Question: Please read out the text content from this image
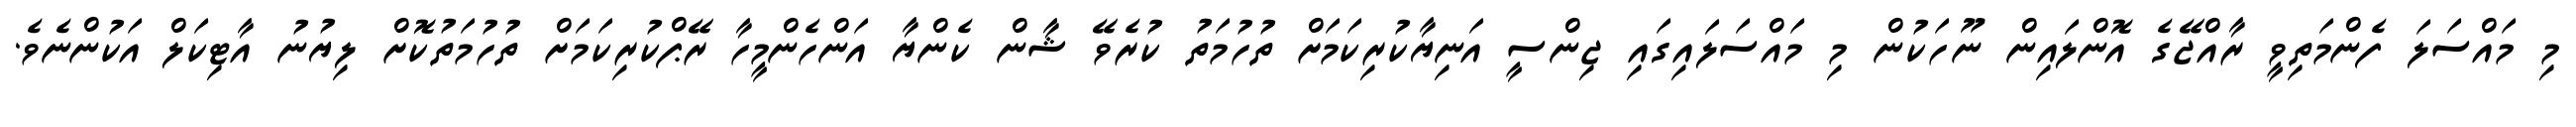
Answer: މި މައްސަލަ ފެންމަތިވީ ރާއްޖޭގެ އޮންލައިން ނޫހަކުން މި މައްސަލައިގައި ޖިންސީ އަނިޔާކުރިކަމަށް ތުހުމަތު ކުރެވޭ ޝާން ކެންޔާ އަންހެންމީހާ ރޭޕްކުރިކަމަށް ތުހުމަތުކޮށް ލިޔުނު އާޓިކަލް އަކުންނެވެ.